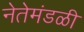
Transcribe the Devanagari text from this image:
नेतेमंडळी